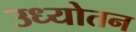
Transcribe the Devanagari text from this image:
उध्योतन